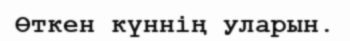
Өткен күннің уларын.